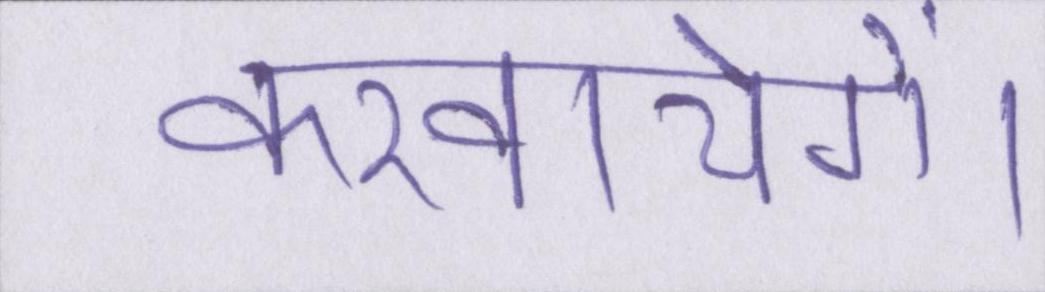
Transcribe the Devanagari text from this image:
करवायेगें।